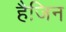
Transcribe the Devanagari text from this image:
हैजिन